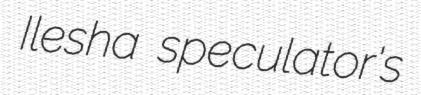
Ilesha speculator's